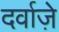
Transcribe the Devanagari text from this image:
दर्वाज़े